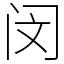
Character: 闵